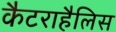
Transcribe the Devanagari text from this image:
कैटराहैलिस